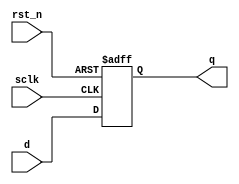
module ex_module(
       input wire	    sclk,
       input wire	    rst_n,
	   input wire [7:0]	d,
       output reg [7:0] q	   

); 


always @(posedge sclk or negedge rst_n)
begin
  if(rst_n == 1'b0)
    q <= 8'h00;
  else
    q <= d;
end

endmodule